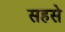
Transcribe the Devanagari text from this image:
सहसे